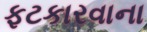
ફટકારવાના